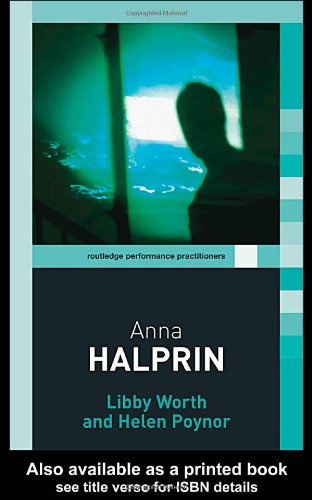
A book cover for Anna Halprin (Routledge Performance Practitioners); Libby Worth; Arts & Photography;